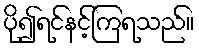
ပို၍ရင်နင့်ကြရသည်။